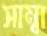
সাম্বা